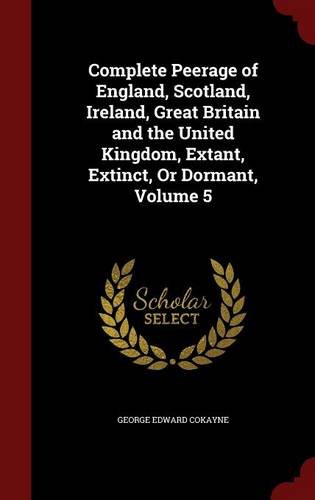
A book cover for Complete Peerage of England, Scotland, Ireland, Great Britain and the United Kingdom, Extant, Extinct, Or Dormant, Volume 5; George Edward Cokayne; Biographies & Memoirs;